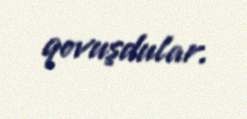
qovuşdular.